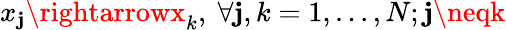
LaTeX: x_{\mathbf{j}}\rightarrowx_{k},~\forall\mathbf{j},k=1,...,N;\mathbf{j}\neqk